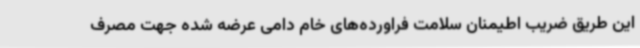
این طریق ضریب اطیمنان سلامت فراورده‌های خام دامی عرضه شده جهت مصرف